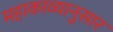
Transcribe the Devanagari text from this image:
महाकाव्यानुसार